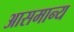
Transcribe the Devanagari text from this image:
आसमान्य